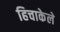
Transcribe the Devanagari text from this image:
हिचाकेले